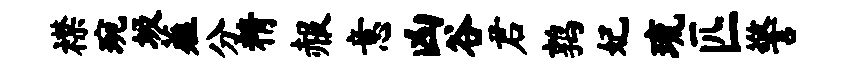
襟琬圾薤分精赧意凶谷君鹑妃琉匹警